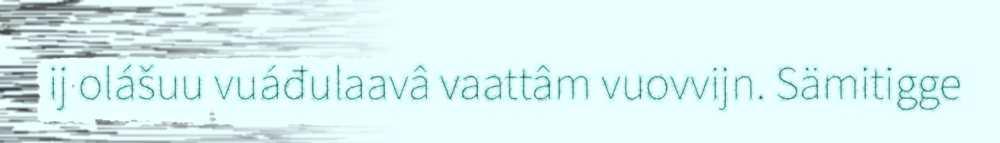
ij olášuu vuáđulaavâ vaattâm vuovvijn. Sämitigge